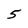
Character: 5